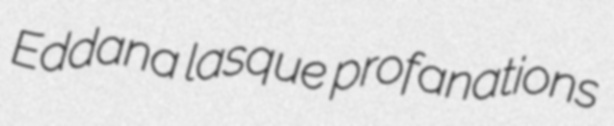
Eddana lasque profanations